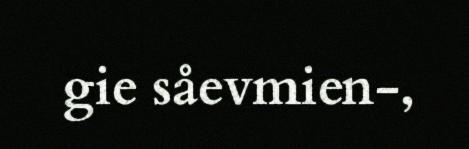
gie såevmien-,